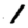
Digit: 1